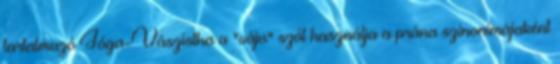
tartalmazó Jóga-Vászistha a "váju" szót használja a prána szinonimájaként